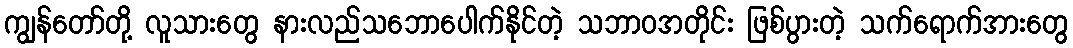
ကျွန်တော်တို့ လူသားတွေ နားလည်သဘောပေါက်နိုင်တဲ့ သဘာဝအတိုင်း ဖြစ်ပွားတဲ့ သက်ရောက်အားတွေ